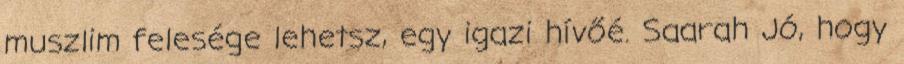
muszlim felesége lehetsz, egy igazi hívőé. Saarah Jó, hogy